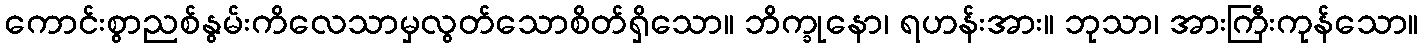
ကောင်းစွာညစ်နွမ်းကိလေသာမှလွတ်သောစိတ်ရှိသော။ ဘိက္ခုနော၊ ရဟန်းအား။ ဘုသာ၊ အားကြီးကုန်သော။